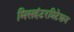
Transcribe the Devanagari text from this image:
मिसइंटरप्रिटेशन